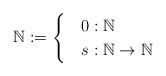
LaTeX: \begin{align*}\mathbb{N} := \begin{cases} &0 : \mathbb{N}\\ &s : \mathbb{N} \rightarrow \mathbb{N}\end{cases}\end{align*}